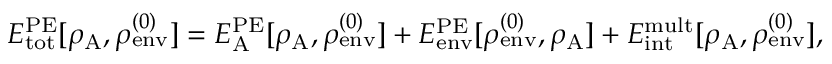
\begin{array} { r } { E _ { \mathrm { t o t } } ^ { \mathrm { P E } } [ \rho _ { \mathrm { A } } , \rho _ { \mathrm { e n v } } ^ { ( 0 ) } ] = E _ { \mathrm { A } } ^ { \mathrm { P E } } [ \rho _ { \mathrm { A } } , \rho _ { \mathrm { e n v } } ^ { ( 0 ) } ] + E _ { \mathrm { e n v } } ^ { \mathrm { P E } } [ \rho _ { \mathrm { e n v } } ^ { ( 0 ) } , \rho _ { \mathrm { A } } ] + E _ { \mathrm { i n t } } ^ { \mathrm { m u l t } } [ \rho _ { \mathrm { A } } , \rho _ { \mathrm { e n v } } ^ { ( 0 ) } ] , } \end{array}